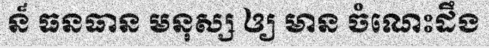
ន៏ ធនធាន មនុស្ស ឲ្យ មាន ចំណេះដឹង